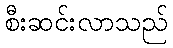
စီးဆင်းလာသည်